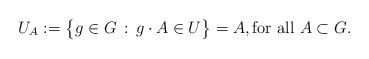
LaTeX: \begin{align*}U_A := \big\{ g \in G \, : \, g \cdot A \in U \big\} = A, \textrm{for all $A \subset G$}.\end{align*}